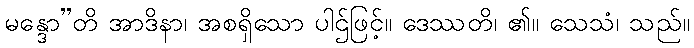
မန္ဒော”တိ အာဒိနာ၊ အစရှိသော ပါဌ်ဖြင့်။ ဒေဿတိ၊ ၏။ သေသံ၊ သည်။